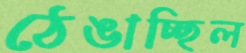
ঠেঙাচ্ছিল